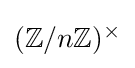
{\textstyle (\mathbb {Z} /n\mathbb {Z} )^{\times }}